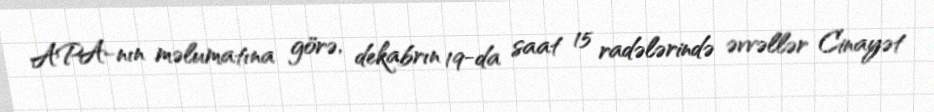
APA-nın məlumatına görə, dekabrın 19-da saat 15 radələrində əvvəllər Cinayət